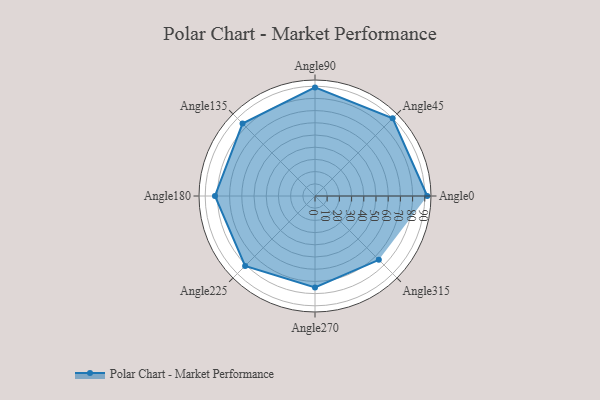
{"axis": {"x": "Angle", "y": "Radius"}, "legend": [""], "data": [{"x": "Angle0", "y": 92.0, "type": ""}, {"x": "Angle45", "y": 90.0, "type": ""}, {"x": "Angle90", "y": 89.0, "type": ""}, {"x": "Angle135", "y": 84.0, "type": ""}, {"x": "Angle180", "y": 82.0, "type": ""}, {"x": "Angle225", "y": 81.0, "type": ""}, {"x": "Angle270", "y": 75.0, "type": ""}, {"x": "Angle315", "y": 74.0, "type": ""}]}